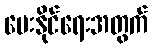
ပေးနိုင်ရေးအတွက်